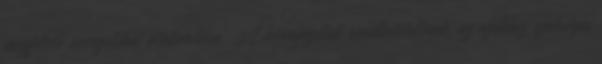
megfelelő energetikai átalakítása. A környezetük rendbetételének, az ezekhez szükséges